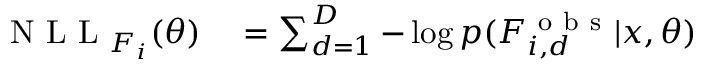
\begin{array} { r l } { \mathrm { ~ N ~ L ~ L ~ } _ { F _ { i } } ( \theta ) } & { { } = \sum _ { d = 1 } ^ { D } - \log p ( F _ { i , d } ^ { \mathrm { ~ o ~ b ~ s ~ } } | x , \theta ) } \end{array}